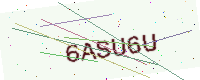
Text: 6ASU6U